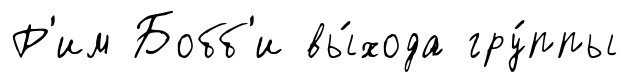
Р'им Бобб'и вы́хода гру́ппы